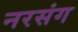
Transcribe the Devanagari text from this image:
नरसंग